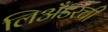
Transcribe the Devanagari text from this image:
लिअँडरची